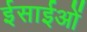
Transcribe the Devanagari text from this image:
ईसाईओं